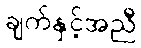
ချက်နှင့်အညီ